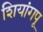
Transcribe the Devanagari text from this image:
शियांगपू